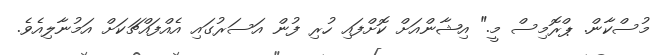
މުސްކާން. ޕްރޮމިސް މީ." އިޝާންއަށް ކޮށްފައި ހުރި ފުން އަސަރުގައި އެއްފައްޗަކަށް އަމުނާލިއެވެ.